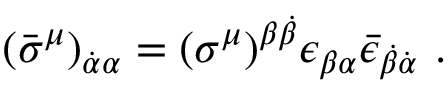
( \bar { \sigma } ^ { \mu } ) _ { \dot { \alpha } \alpha } = ( \sigma ^ { \mu } ) ^ { \beta \dot { \beta } } \epsilon _ { \beta \alpha } \bar { \epsilon } _ { \dot { \beta } \dot { \alpha } } ~ .